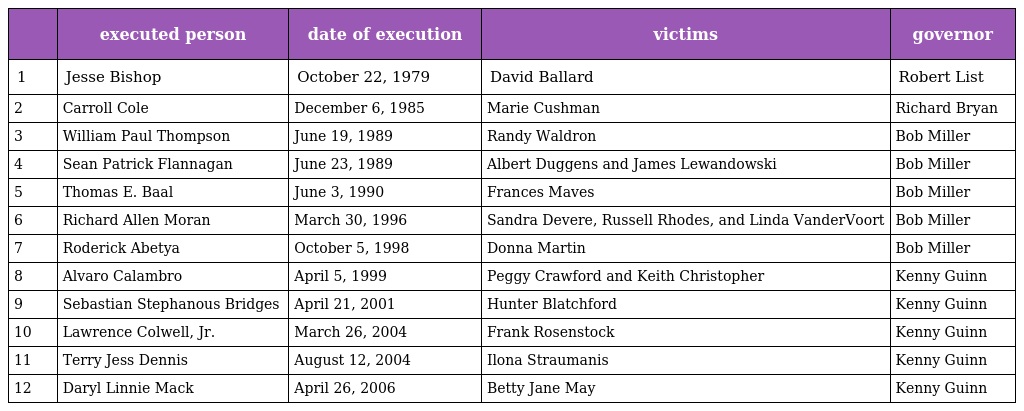
|  | executed person | date of execution | victims | governor |
 | --- | --- | --- | --- | --- |
 | 1 | Jesse Bishop | October 22, 1979 | David Ballard | Robert List |
 | 2 | Carroll Cole | December 6, 1985 | Marie Cushman | Richard Bryan |
 | 3 | William Paul Thompson | June 19, 1989 | Randy Waldron | Bob Miller |
 | 4 | Sean Patrick Flannagan | June 23, 1989 | Albert Duggens and James Lewandowski | Bob Miller |
 | 5 | Thomas E. Baal | June 3, 1990 | Frances Maves | Bob Miller |
 | 6 | Richard Allen Moran | March 30, 1996 | Sandra Devere, Russell Rhodes, and Linda VanderVoort | Bob Miller |
 | 7 | Roderick Abetya | October 5, 1998 | Donna Martin | Bob Miller |
 | 8 | Alvaro Calambro | April 5, 1999 | Peggy Crawford and Keith Christopher | Kenny Guinn |
 | 9 | Sebastian Stephanous Bridges | April 21, 2001 | Hunter Blatchford | Kenny Guinn |
 | 10 | Lawrence Colwell, Jr. | March 26, 2004 | Frank Rosenstock | Kenny Guinn |
 | 11 | Terry Jess Dennis | August 12, 2004 | Ilona Straumanis | Kenny Guinn |
 | 12 | Daryl Linnie Mack | April 26, 2006 | Betty Jane May | Kenny Guinn |